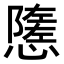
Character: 𢢠